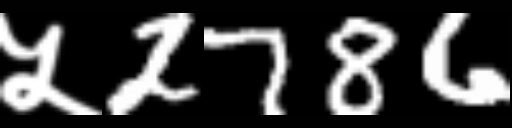
Text: ५2786